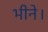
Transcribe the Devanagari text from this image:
भीने।